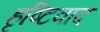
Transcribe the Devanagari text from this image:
हृष्टिवाद